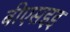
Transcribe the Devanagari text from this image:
बीएसइइ